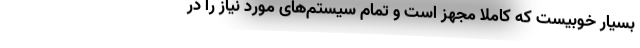
بسیار خوبیست که کاملاً مجهز است و تمام سیستم‌های مورد نیاز را در